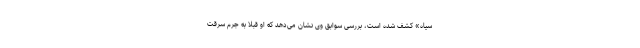
سیاه» کشف شده است، بررسی سوابق وی نشان می‌دهد که او قبلا به جرم سرقت